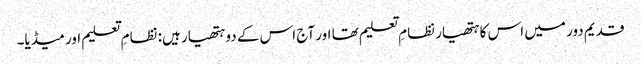
قدیم دور میں اس کا ہتھیار نظامِ تعلیم تھا اور آج اس کے دو ہتھیار ہیں: نظامِ تعلیم اور میڈیا۔